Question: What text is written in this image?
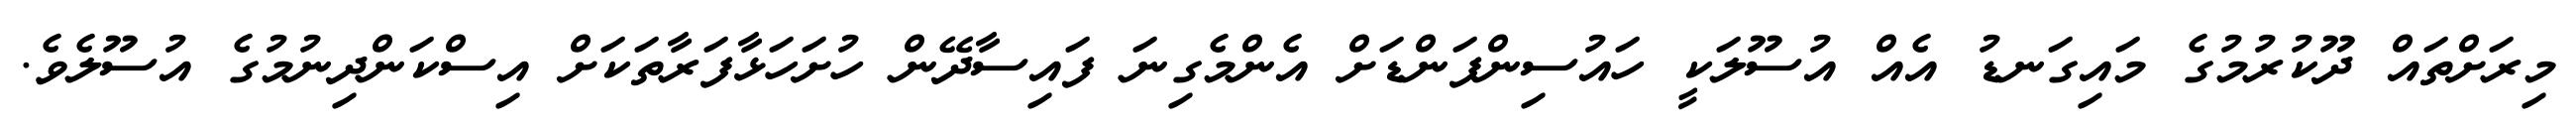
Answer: މިރަށްތައް ދޫކުރުމުގެ މައިގަނޑު އެއް އުސޫލަކީ ހައުސިންފަންޑަށް އެންމެގިނަ ފައިސާދޭން ހުށަހަޅާފަރާތަކަށް އިސްކަންދިނުމުގެ އުސޫލެވެ.